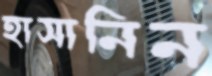
হাসানিন